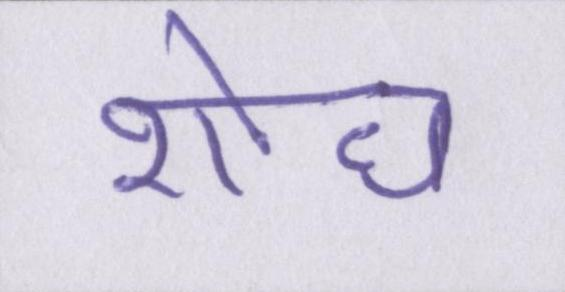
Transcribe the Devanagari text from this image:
शोध